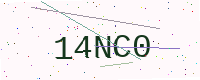
Text: 14NC0